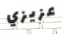
عزيزي